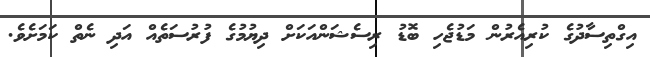
އިގްތިސާދުގެ ކުރިއެރުން މަޑުޖެހި ބޮޑު ރިސެޝަންއަކަށް ދިޔުމުގެ ފުރުސަތެއް އަދި ނެތް ކަމަށެވެ.